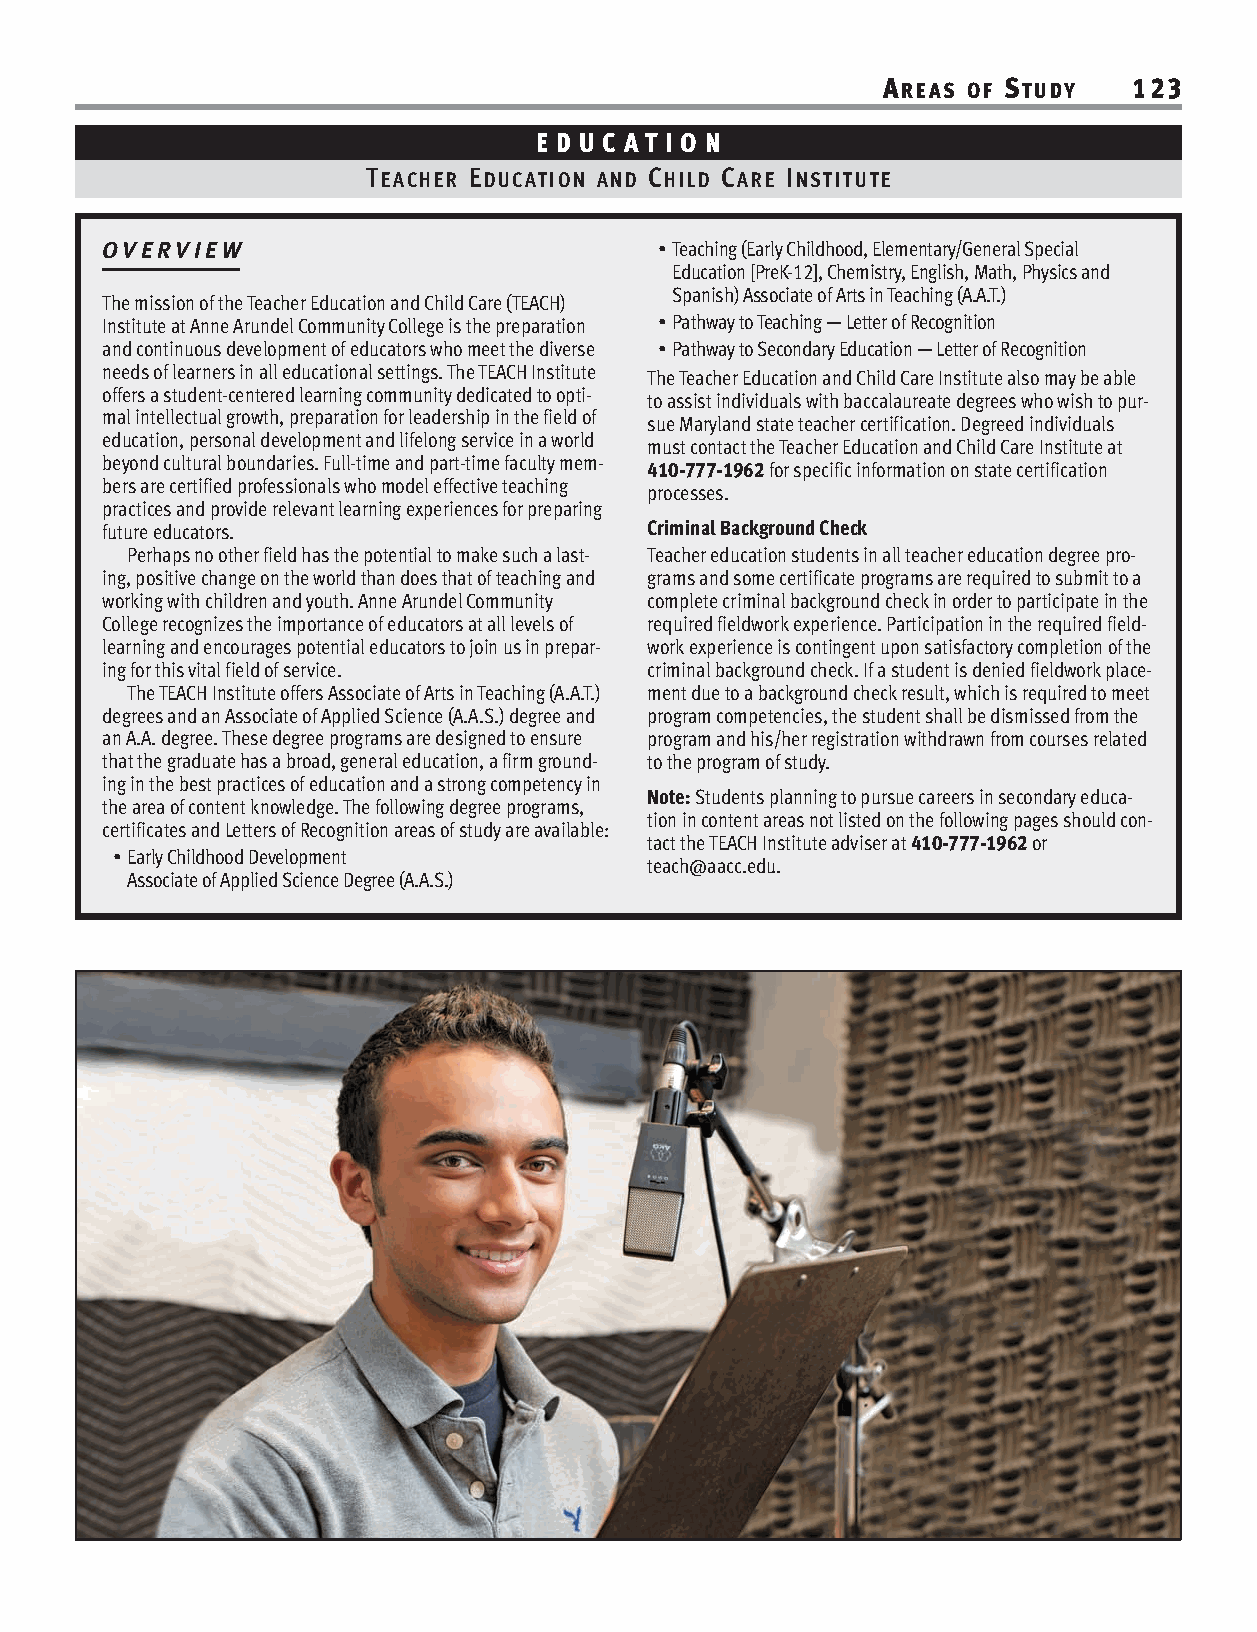
AREAS OF STUDY   123
 E D U C AT I O N
 TEACHER EDUCATION AND CHILD CARE INSTITUTE
 OVERVIEW                             •Teaching (Early Childhood, Elementary/General Special
 Education [PreK-12], Chemistry, English, Math, Physics and
 Spanish) Associate of Arts in Teaching (A.A.T.)
 The mission of the Teacher Education and Child Care (TEACH)
 Institute at Anne Arundel Community College is the preparation •Pathway to Teaching — Letter of Recognition
 and continuous development of educators who meet the diverse •Pathway to Secondary Education — Letter of Recognition
 needs of learners in all educational settings. The TEACH Institute
 The Teacher Education and Child Care Institute also may be able
 offers a student-centered learning community dedicated to opti-
 to assist individuals with baccalaureate degrees who wish to pur-
 mal intellectual growth, preparation for leadership in the field of
 sue Maryland state teacher certification. Degreed individuals
 education, personal development and lifelong service in a world
 must contact the Teacher Education and Child Care Institute at
 beyond cultural boundaries. Full-time and part-time faculty mem-
 410-777-1962 for specific information on state certification
 bers are certified professionals who model effective teaching
 processes.
 practices and provide relevant learning experiences for preparing
 future educators.                   Criminal Background Check
 Perhaps no other field has the potential to make such a last- Teacher education students in all teacher education degree pro-
 ing, positive change on the world than does that of teaching and grams and some certificate programs are required to submit to a
 working with children and youth. Anne Arundel Community complete criminal background check in order to participate in the
 College recognizes the importance of educators at all levels of required fieldwork experience. Participation in the required field-
 learning and encourages potential educators to join us in prepar- work experience is contingent upon satisfactory completion of the
 ing for this vital field of service. criminal background check. If a student is denied fieldwork place-
 The TEACH Institute offers Associate of Arts in Teaching (A.A.T.) ment due to a background check result, which is required to meet
 degrees and an Associate of Applied Science (A.A.S.) degree and program competencies, the student shall be dismissed from the
 an A.A. degree. These degree programs are designed to ensure program and his/her registration withdrawn from courses related
 that the graduate has a broad, general education, a firm ground- to the program of study.
 ing in the best practices of education and a strong competency in
 Note: Students planning to pursue careers in secondary educa-
 the area of content knowledge. The following degree programs,
 tion in content areas not listed on the following pages should con-
 certificates and Letters of Recognition areas of study are available:
 tact the TEACH Institute adviser at 410-777-1962or
 •Early Childhood Development
 teach@aacc.edu.
 Associate of Applied Science Degree (A.A.S.)